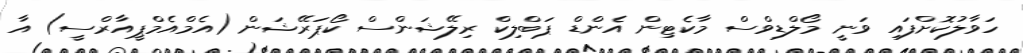
ހަވާލުކޮށްފައި ވަނީ މޯލްޑިވްސް މާކެޓިން އެންޑް ޕަބްލިކް ރިލޭޝަންސް ކޯޕަރޭޝަން (އެމްއެމްޕީއާރްސީ) އާ